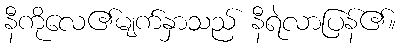
နီကိုလေ၏မျက်နှာသည် နီရဲလာပြန်၏။